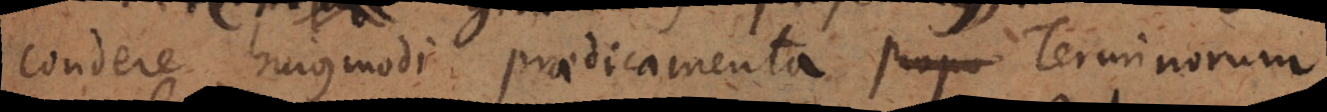
condere hujusmodi praedicamenta propo Terminorum